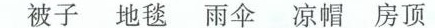
被子 地毯 雨伞 凉帽 房顶